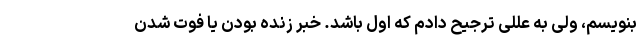
بنویسم، ولی به عللی ترجیح دادم که اول باشد. خبر زنده بودن یا فوت شدن